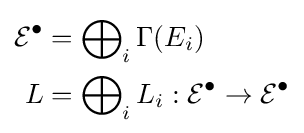
{\begin{aligned}{\mathcal {E}}^{\bullet }&=\bigoplus \nolimits _{i}\Gamma (E_{i})\\L&=\bigoplus \nolimits _{i}L_{i}:{\mathcal {E}}^{\bullet }\to {\mathcal {E}}^{\bullet }\end{aligned}}